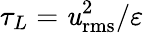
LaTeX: \tau_{L}=\mathit{u}_{\mathrm{{rms}}}^{2}/\varepsilon